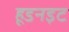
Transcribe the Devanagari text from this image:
हूडनइट